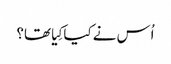
‏ اُس نے کیا کِیا تھا؟